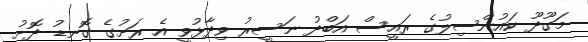
މަގޫދޫ ކައުންސިލުގެ ރައީސް އަބްދު ނަސީރު ވިދާޅުވީ އެ ރަށުގެ ގޮނޑު ދޮށު